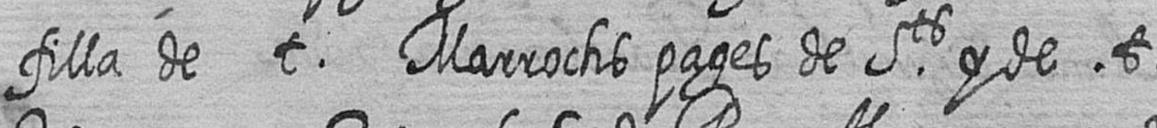
filla de t Marrochs pages de Sts y de t